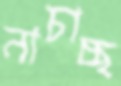
নাচাচ্ছ